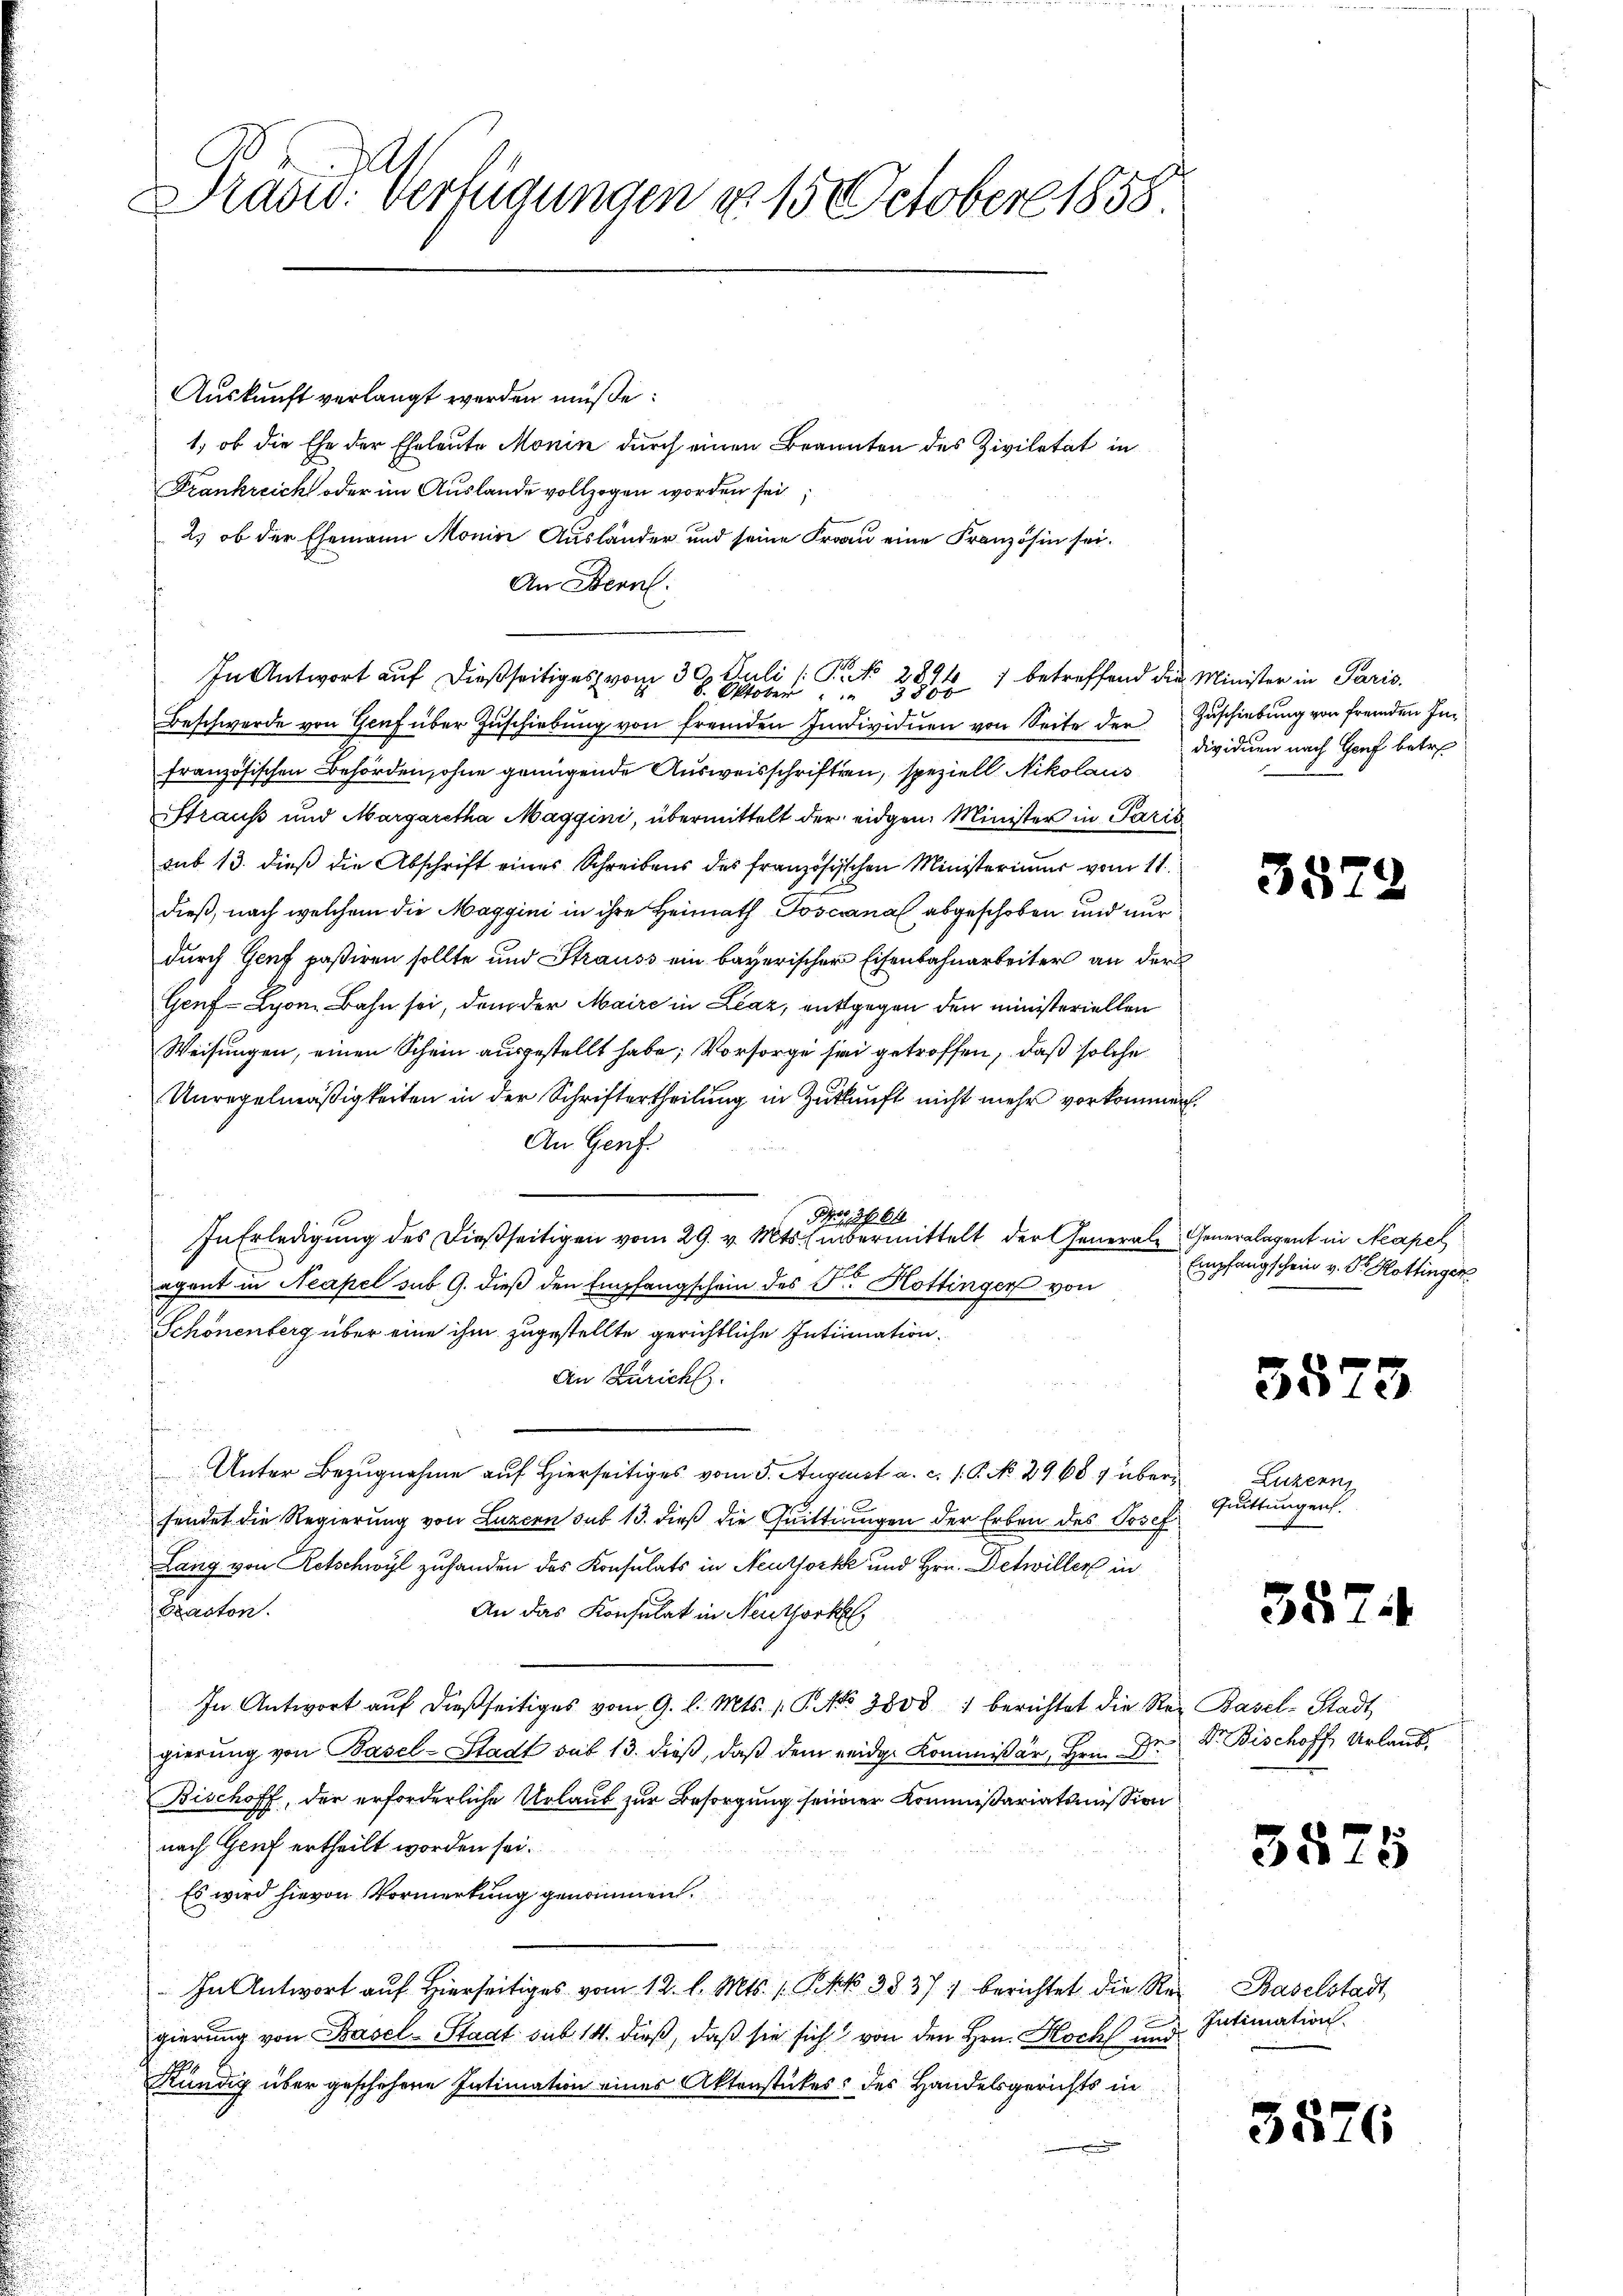
Präsid. Verfügungen u. 150 October 1858

Auskunft verlangt werden müße:
1, ob die Ehe der Eheleute Monin durch einen Brannten des Ziviletät in
Frankreich oder im Auslande vollzogen worden sei
2) ob der Ehemann Monin Ausländer und seine Frau eine Französin sei.
An Bern:
In Antwort auf dießseitiges vom 30. Juli (: P. No 2894
Beschwerde von Genf über Zŭschiebŭng von fremden Individuen von Seite der Zuschiebung von fremden Infranzösischen Behörden, ohne genügende Ausweisschriften, speziell Nikolaus
traus und Margaretha Maggini, übermittelt der eidgen. Minister in Paris
sub 13. dieß die Abschrift eines Schreibens des französischen Ministeriums vom 11.
dieß, nach welchem die Maggini in ihre Heimath Toscanal abgeschoben und nur
durch Genf paßiren sollte und Strauss ein bayerischer Eisenbahnarbeiter an der
Genf Lyon Bahn sei, dem der Maire in Liaz, entgegen den ministeriellen
Weisungen, einen Schein ausgestellt habe; Vorsorge sei getroffen, daß solche
Unregelmäßigkeiten in der Schriftertheilung in Zukunft nicht mehr vorkommen.
An Genf
57, 2610
In Erledigung des dießseitigen vom 29. v. Mts. übermittelt der Generale Generalagent in Neapel
agant in Neapel sub 9. dieß den Empfangschein des Fr. Hottinger von
Schönenberg über eine ihm zugestellte gerichtliche Intimation.
An Zürich.
Unter Bezugnahme auf Hierseitiges vom 5. August a. c. 1. P. No 29687 über Luzern
sendet die Regierung von Luzern sub 13. dieß die Quittungen der Erben des Prof
Lang von Retschwyl zufanden das Konsulats in Neuthork und Hrn. Detwiller in
Erasten.
An das Konsulat in Neuthork
In Antwort auf dießseitiges vom 9. l. Mts. 1. P. No 3800 / berichtet die Rei Basel-Stadt
gierung von Basel-Stadt sub 13. dieß, daß dem eidge Kommissär, Hrn. Dr.
Bischoff, der erforderliche Urlaub zur Besorgung seiner Kommißariatsmission
nach Genf ertheilt worden sei.
Es wird hievon Vormerkung genommen.
In Antwort auf hierseitiges vom 12. l. Mts. 1. IV 3837) berichtet die Re-Baselstadt

gierung von Basel-Stadt sub 14. dieß, daß sie sich von den Hrn. Koch und
Kündig über geschehene Intimation eines Aktenstückes: des Handelsgerichts in

8. Oktober 211 betreffend die Minister in Paris.

dividuen nach Genf betre

3379

.

Empfangschein v. Dr. Hottingen

5573

Quittungen.

557

Dr. Bischoff Urlaub.

3525

Intimation.

3876